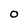
Character: 0